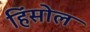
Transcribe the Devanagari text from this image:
हिंसोल